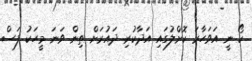
ކޯ ނީ އަވަހާރަ ކޮށްލުގައި އަދާކުރި ދައުރަށް ތިން ވަނަ މީހަކު ފަސް